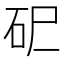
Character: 𰦪